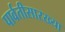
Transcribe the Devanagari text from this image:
पार्वतीसारख्या